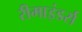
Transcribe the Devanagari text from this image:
रीमाइंडर्स